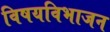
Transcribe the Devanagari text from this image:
विषयविभाजन